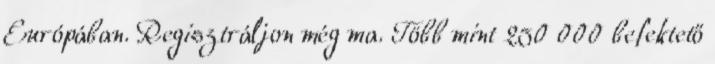
Európában. Regisztráljon még ma. Több mint 250 000 befektető